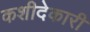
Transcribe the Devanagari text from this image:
कशीदेकारी